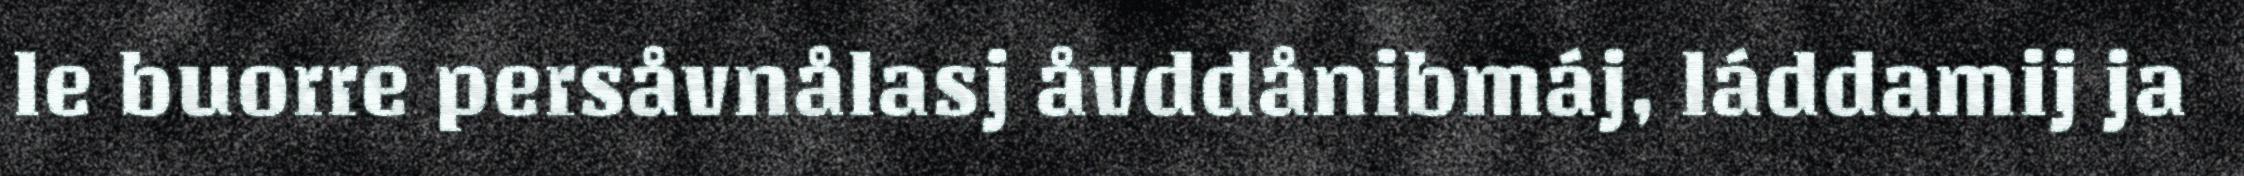
le buorre persåvnålasj åvddånibmáj, láddamij ja